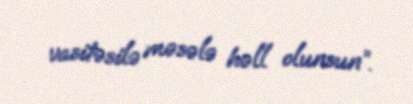
vasitəsilə məsələ həll olunsun”.